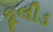
કૂલીડ